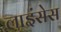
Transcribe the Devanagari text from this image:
लाइंसेस